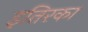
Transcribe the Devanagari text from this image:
इतिरका